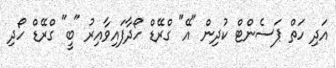
އަދި ހަތް ޕަސެންޓް ކުދިން "އޭ" ގްރޭޑް ހޯދާފައިވާއިރު "ބީ" ގްރޭޑް ހޯދި